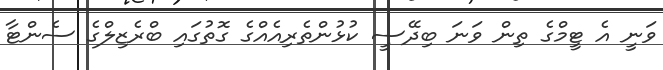
ވަނީ އެ ޓީމްގެ ތިން ވަނަ ބިދޭސީ ކުޅުންތެރިއެއްގެ ގޮތުގައި ބްރެޒިލްގެ ސެންޓާ